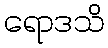
ရောဒသိ